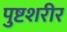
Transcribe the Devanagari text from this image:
पुष्टशरीर